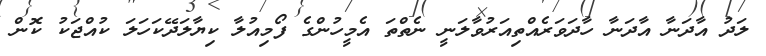
ލަދު އާދަނާ އާދަނާ ހާދަވަރެއްތިއަރުވާލަނީ ނެތްތަ އެމީހުންގެ ފޯމިއުލާ ކިޔާލަދޭކަހަލަ ކުއްޖަކު ކޮން